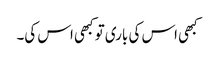
کبھی اس کی باری تو کبھی اس کی۔